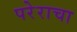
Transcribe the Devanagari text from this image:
परेराचा